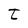
Character: t